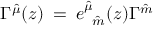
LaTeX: \Gamma ^ { \hat { \mu } } ( z ) \: = \: e _ { \: \: \: \hat { m } } ^ { \hat { \mu } } ( z ) \Gamma ^ { \hat { m } }